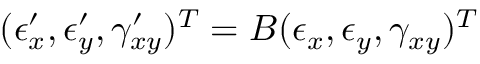
( \epsilon _ { x } ^ { \prime } , \epsilon _ { y } ^ { \prime } , \gamma _ { x y } ^ { \prime } ) ^ { T } = B ( \epsilon _ { x } , \epsilon _ { y } , \gamma _ { x y } ) ^ { T }